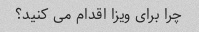
چرا برای ویزا اقدام می کنید؟